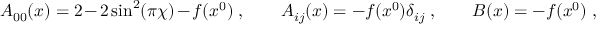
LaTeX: A _ { 0 0 } ( x ) = 2 - 2 \sin ^ { 2 } ( \pi \chi ) - f ( x ^ { 0 } ) \ , \qquad A _ { i j } ( x ) = - f ( x ^ { 0 } ) \delta _ { i j } \ , \qquad B ( x ) = - f ( x ^ { 0 } ) \ ,